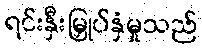
ရင်းနှီးမြှုပ်နှံမှုသည်